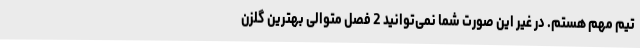
تیم مهم هستم. در غیر این صورت شما نمی‌توانید 2 فصل متوالی بهترین گلزن